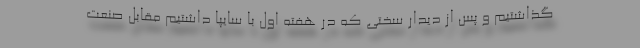
گذاشتیم و پس از دیدار سختی که در هفته اول با سایپا داشتیم مقابل صنعت